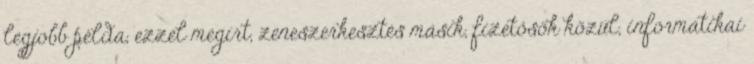
legjobb példa, ezzel megírt, zeneszerkesztés másik, fizetősök közül, informatikai